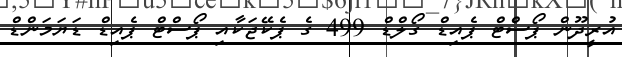
އުރީދޫން ޕޯސްޓް ޕެއިޑް ގޯލްޑް 499 ގެ ޕެކޭޖަކާއި ޕޯސްޓް ޕެއިޑް ޑަޔަމަންޑް